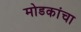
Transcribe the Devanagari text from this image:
मोडकांचा